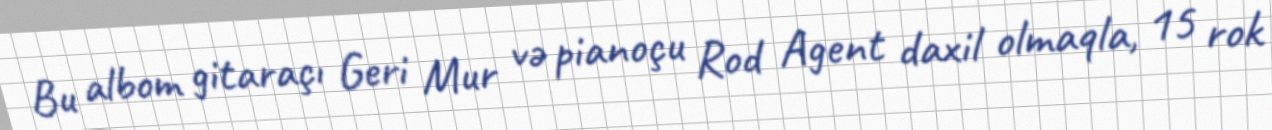
Bu albom gitaraçı Geri Mur və pianoçu Rod Agent daxil olmaqla, 15 rok